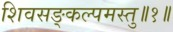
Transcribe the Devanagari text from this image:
शिवसङ्कल्पमस्तु॥१॥